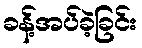
ခန့်အပ်ခဲ့ခြင်း